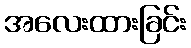
အလေးထားခြင်း